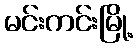
မင်းကင်းမြို့